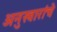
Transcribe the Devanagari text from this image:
अनुस्वारांचे